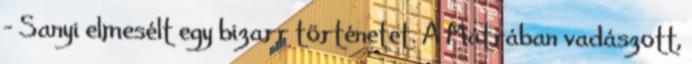
– Sanyi elmesélt egy bi­zarr történetet. A Mátrában vadászott,